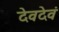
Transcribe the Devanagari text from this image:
देवदेवं